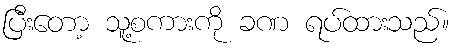
ပြီးတော့ သူ့စကားကို ခဏ ရပ်ထားသည်။